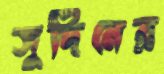
সুদিনের